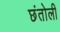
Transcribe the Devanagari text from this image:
छंतोली